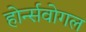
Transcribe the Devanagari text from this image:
होर्न्सवोगल